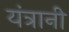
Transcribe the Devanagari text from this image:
यंत्रानी